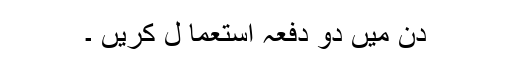
دن میں دو دفعہ استعما ل کریں ۔